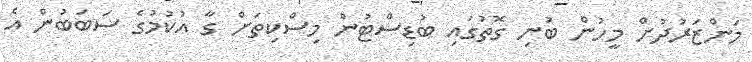
މަންޒަރުދުށް މީހުން ބުނި ގޮތުގައި ބުޑިސްޓުން މިސްކިތަށް ގާ އުކުމުގެ ސަބަބުން އެ